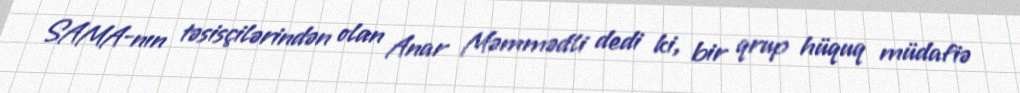
SAMA-nın təsisçilərindən olan Anar Məmmədli dedi ki, bir qrup hüquq müdafiə